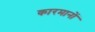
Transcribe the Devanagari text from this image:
कारमानों